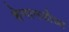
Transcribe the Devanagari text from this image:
शेनानडोआ